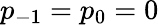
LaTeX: p_{-1}=p_{0}=0